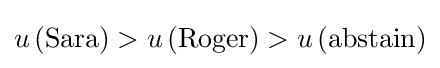
u\left({\text{Sara}}\right)>u\left({\text{Roger}}\right)>u\left({\text{abstain}}\right)